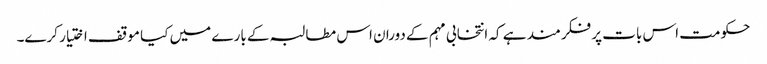
حکومت اس بات پر فکرمند ہے کہ انتخابی مہم کے دوران اس مطالبہ کے بارے میں کیا موقف اختیار کرے۔